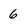
Character: 6